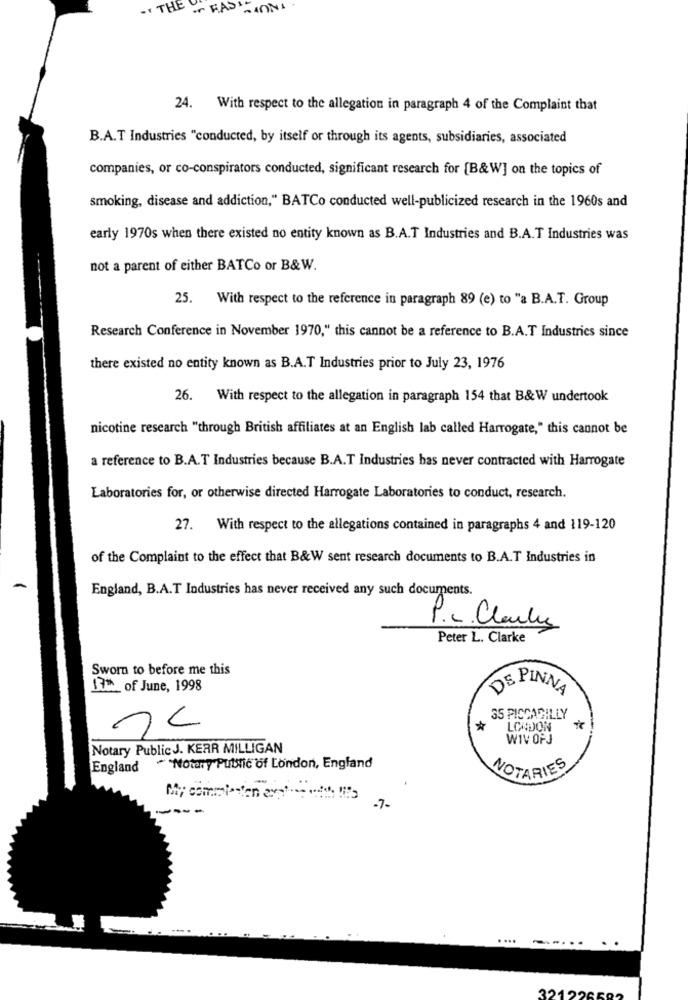
- THE
of FASHION
24. With respect to the allegation in paragraph 4 of the Complaint that
B.A.T Industries "conducted, by itself or through its agents, subsidiaries, associated
companies, or co-conspirators conducted, significant research for [B&W] on the topics of
smoking, disease and addiction," BATCo conducted well-publicized research in the 1960s and
early 1970s when there existed no entity known as B.A.T Industries and B.A.T Industries was
not a parent of either BATCo or B&W.
25. With respect to the reference in paragraph 89 (e) to "a B.A.T. Group
Research Conference in November 1970," this cannot be a reference to B.A.T Industries since
there existed no entity known as B.A.T Industries prior to July 23, 1976
26. With respect to the allegation in paragraph 154 that B& W undertook
nicotine research "through British affiliates at an English lab called Harrogate," this cannot be
a reference to B.A.T Industries because B.A.T Industries bas never contracted with Harrogate
Laboratories for, or otherwise directed Harrogate Laboratories to conduct, research.
27. With respect to the allegations contained in paragraphs 4 and 119-120
of the Complaint to the effect that B&W sent research documents to B.A.T Industries in
England, B.A.T Industries has never received any such documents.
P.c. Clauly
Peter L. Clarke
Sworn to before me this
17th of June, 1998
DE PINNA
35 PICCADILLY
*
LONDON
WIV OFJ
Notary PublicJ. KERR MILLIGAN
England
-Notary Public of London, England
NOTARIES
---
-7-
..
....
==....